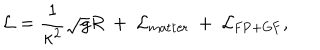
{ \cal L } = \frac { 1 } { \kappa ^ { 2 } } \sqrt { g } R ~ + ~ { \cal L } _ { \mathrm { { m a t t e r } } } ~ + ~ { \cal L } _ { \mathrm { F P + G F } } ,